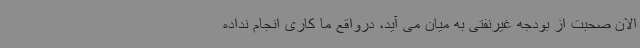
الان صحبت از بودجه غیرنفتی به میان می آید، درواقع ما کاری انجام نداده